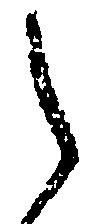
之